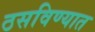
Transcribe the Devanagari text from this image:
ठसविण्यात